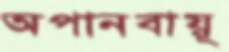
অপানবায়ূ